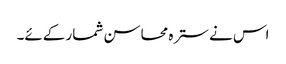
اس نے سترہ محاسن شمار کےئے۔